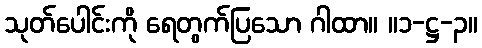
သုတ်ပေါင်းကို ရေတွက်ပြသော ဂါထာ။ ။၁-ဋ္ဌ-၃။